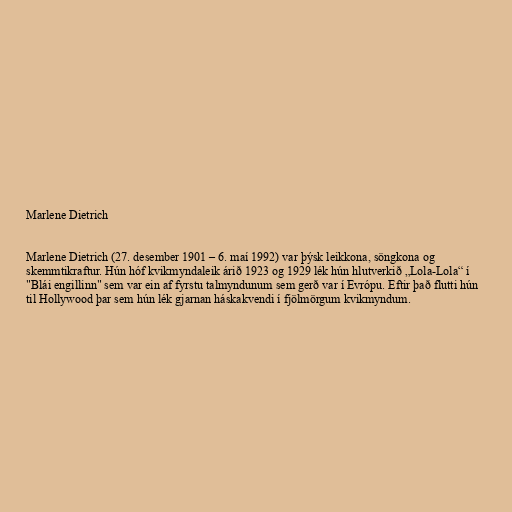
Marlene Dietrich

Marlene Dietrich (27. desember 1901 – 6. maí 1992) var þýsk leikkona, söngkona og
skemmtikraftur. Hún hóf kvikmyndaleik árið 1923 og 1929 lék hún hlutverkið „Lola-Lola“ í
"Blái engillinn" sem var ein af fyrstu talmyndunum sem gerð var í Evrópu. Eftir það flutti hún
til Hollywood þar sem hún lék gjarnan háskakvendi í fjölmörgum kvikmyndum.